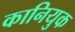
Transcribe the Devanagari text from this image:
कानियुक